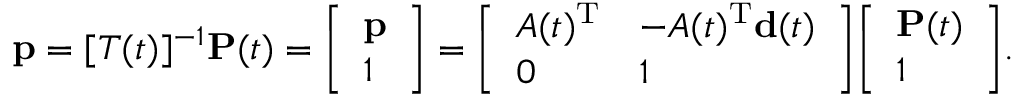
\mathbf { p } = [ T ( t ) ] ^ { - 1 } \mathbf { P } ( t ) = { \left[ \begin{array} { l } { \mathbf { p } } \\ { 1 } \end{array} \right] } = { \left[ \begin{array} { l l } { A ( t ) ^ { \mathrm { T } } } & { - A ( t ) ^ { \mathrm { T } } \mathbf { d } ( t ) } \\ { 0 } & { 1 } \end{array} \right] } { \left[ \begin{array} { l } { \mathbf { P } ( t ) } \\ { 1 } \end{array} \right] } .